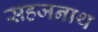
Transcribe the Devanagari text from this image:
सहजनाथ